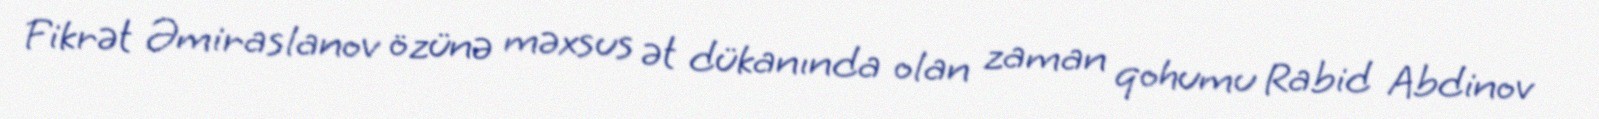
Fikrət Əmiraslanov özünə məxsus ət dükanında olan zaman qohumu Rabid Abdinov